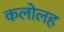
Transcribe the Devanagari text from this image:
कलोलह